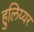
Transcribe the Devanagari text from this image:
हुलिय्यर